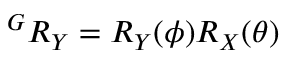
{ { ^ G } R _ { Y } } = { R _ { Y } ( \phi ) } { R _ { X } ( \theta ) }